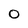
Character: O